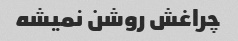
چراغش روشن نمیشه